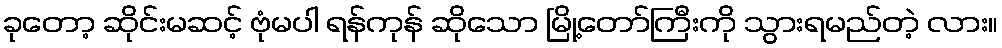
ခုတော့ ဆိုင်းမဆင့် ဗုံမပါ ရန်ကုန် ဆိုသော မြို့တော်ကြီးကို သွားရမည်တဲ့ လား။